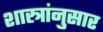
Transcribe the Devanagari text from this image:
शास्त्रांनुसार